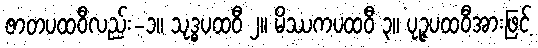
ဇာတပထဝီလည်း-၁။ သုဒ္ဓပထဝီ ၂။ မိဿကပထဝီ ၃။ ပုဉ္ဇပထဝီအားဖြင့်